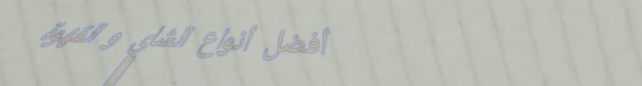
أفضل أنواع الشاي و القهوة